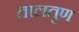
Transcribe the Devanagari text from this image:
तालतृण